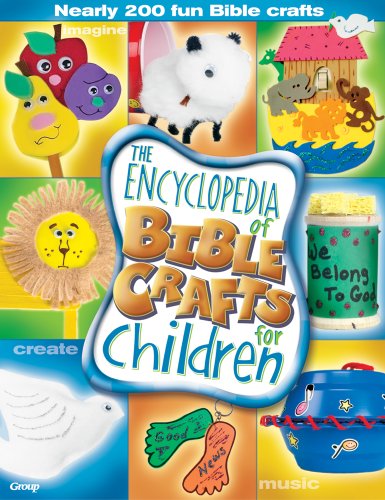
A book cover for The Encyclopedia of Bible Crafts for Children; Christian Books & Bibles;